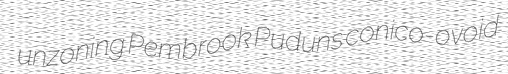
unzoning Pembrook Puduns conico-ovoid